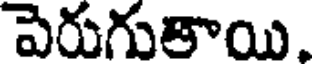
పెరుగుతాయి.